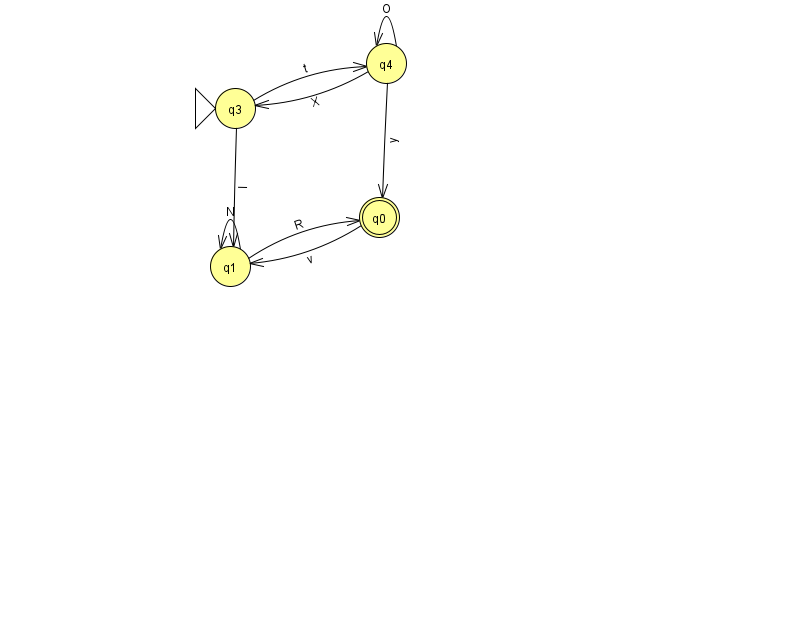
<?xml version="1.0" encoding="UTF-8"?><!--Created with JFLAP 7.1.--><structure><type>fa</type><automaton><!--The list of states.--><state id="0" name="q0"><x>379.0</x><y>204.0</y><final/></state><state id="1" name="q1"><x>230.0</x><y>253.0</y></state><state id="3" name="q3"><x>235.0</x><y>95.0</y><initial/></state><state id="4" name="q4"><x>386.0</x><y>50.0</y></state><!--The list of transitions.--><transition><from>3</from><to>4</to><read>t</read></transition><transition><from>1</from><to>0</to><read>R</read></transition><transition><from>3</from><to>1</to><read>l</read></transition><transition><from>4</from><to>0</to><read>y</read></transition><transition><from>0</from><to>1</to><read>v</read></transition><transition><from>4</from><to>3</to><read>X</read></transition><transition><from>1</from><to>1</to><read>N</read></transition><transition><from>4</from><to>4</to><read>O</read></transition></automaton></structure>